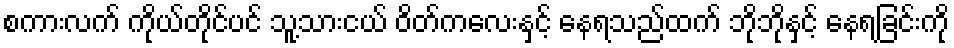
စကားလက် ကိုယ်တိုင်ပင် သူ့သားငယ် ဝိတ်ကလေးနှင့် နေရသည်ထက် ဘိုဘိုနှင့် နေရခြင်းကို